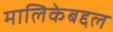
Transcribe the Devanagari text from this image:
मालिकेबद्दल